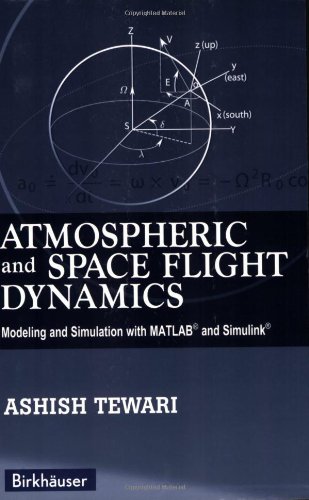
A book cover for Atmospheric and Space Flight Dynamics: Modeling and Simulation with MATLABÂ® and SimulinkÂ® (Modeling and Simulation in Science, Engineering and Technology); Ashish Tewari; Science & Math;